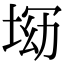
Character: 𡌝